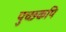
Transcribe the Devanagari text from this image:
पुच्छकपि